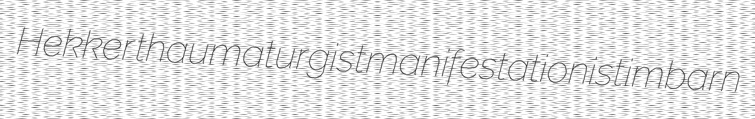
Hekker thaumaturgist manifestationist imbarn